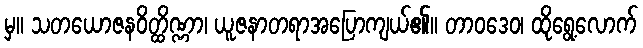
မှ။ သတယောဇနဝိတ္ထိဏ္ဏာ၊ ယူဇနာတရာအပြောကျယ်၏။ တာဝဒေဝ၊ ထိုရွေ့လောက်